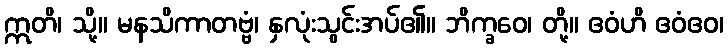
ဣတိ၊ သို့။ မနသိကာတဗ္ဗံ၊ နှလုံးသွင်းအပ်၏။ ဘိက္ခဝေ၊ တို့။ ဧဝံဟိ ဧဝံဧဝ၊